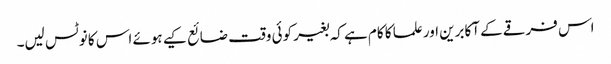
اس فرقے کے آکابرین اور علما کا کام ہے کہ بغیر کوئی وقت ضائع کیے ہوئے اس کا نوٹس لیں۔